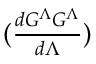
( { \textstyle { \frac { d G ^ { \Lambda } G ^ { \Lambda } } { d \Lambda } } } )